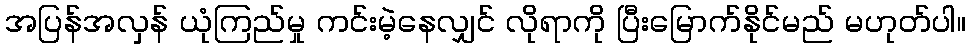
အပြန်အလှန် ယုံကြည်မှု ကင်းမဲ့နေလျှင် လိုရာကို ပြီးမြောက်နိုင်မည် မဟုတ်ပါ။